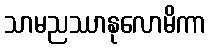
သာမညဿာနုလောမိကာ